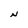
Character: N